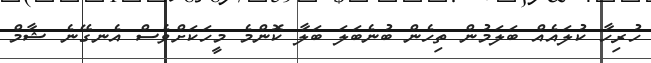
ހުރިހާ ކުލައެއް ބަލަމުން ތިހެން ބުނެބަލަ ބަލާ ކޮންމެ މީހަކަށްވެސް އެނގޭނެ ޝާމް